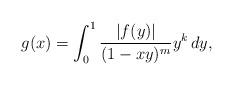
LaTeX: \begin{align*}g(x) = \int_0^1 \frac{|f(y)|}{(1-xy)^m} y^k \, dy,\end{align*}